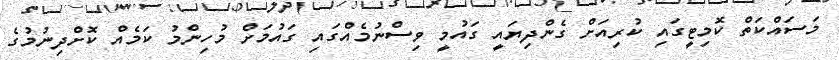
މަސައްކަތް ކޮމިޓީގައި ކުރިއަށް ގެންދިޔައީ ގައުމީ ވިސްނުމެއްގައި ގައުމަށް މުހިންމު ކަމެއް ކޮށްދިނުމުގެ